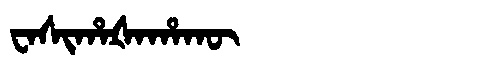
Manchu: ᠸᠠᠰᡳᡥᠠᡧᠠᡥᠠᡴᡡ
Romanization: WASIHAŠAHAKŪ